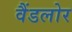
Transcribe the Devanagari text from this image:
वैंडलोर